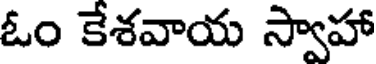
ఓం కేశవాయ స్వాహా